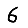
Digit: 6